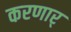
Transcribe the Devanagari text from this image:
करणार्